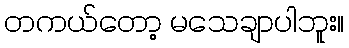
တကယ်တော့ မသေချာပါဘူး။